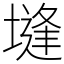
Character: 塳